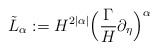
\begin{align*}\tilde L_\alpha:=H^{2|\alpha|}\Big(\frac{\Gamma}{H}\partial_\eta\Big)^\alpha\end{align*}